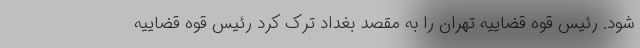
شود. رئیس قوه قضاییه تهران را به مقصد بغداد ترک کرد رئیس قوه قضاییه